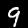
Digit: 9